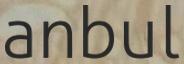
anbul